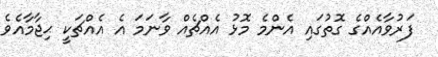
ފަރުވާއެއްގެ ގޮތުގައި އެންމެ މޮޅު އެއްޗެއް ވާނަމަ އެ އެއްޗަކީ ޙިޖާމާއެވެ